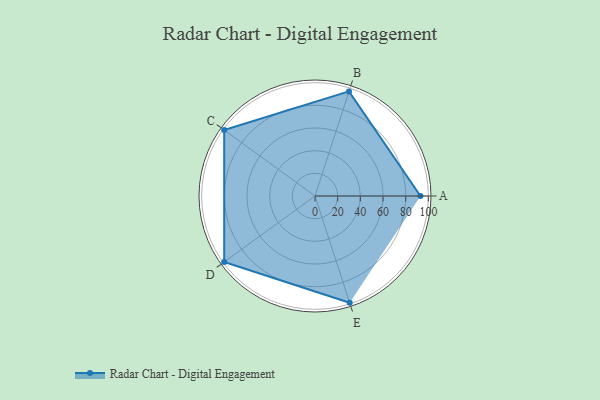
{"axis": {"x": "Skill", "y": "Score"}, "legend": ["Profile"], "data": [{"x": "A", "y": 93.0, "type": "Profile"}, {"x": "B", "y": 97.0, "type": "Profile"}, {"x": "C", "y": 99, "type": "Profile"}, {"x": "D", "y": 99, "type": "Profile"}, {"x": "E", "y": 99, "type": "Profile"}]}